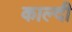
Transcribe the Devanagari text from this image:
काल्दी